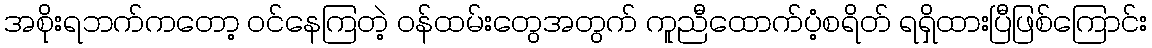
အစိုးရဘက်ကတော့ ဝင်နေကြတဲ့ ဝန်ထမ်းတွေအတွက် ကူညီထောက်ပံ့စရိတ် ရရှိထားပြီဖြစ်ကြောင်း